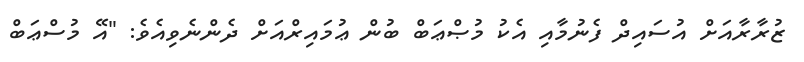
ޒުރާރާއަށް އުސައިދް ފެނުމާއި އެކު މުޞްޢަބް ބުން ޢުމައިރްއަށް ދެންނެވިއެވެ: "އޭ މުސްޢަބް